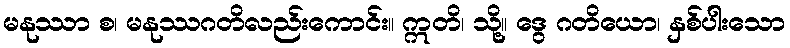
မနုဿာ စ၊ မနုဿဂတိလည်းကောင်း။ ဣတိ၊ သို့။ ဒွေ ဂတိယော၊ နှစ်ပါးသော